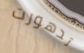
تدهورت